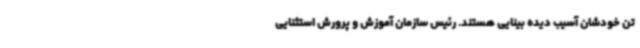
تن خودشان آسیب دیده بینایی هستند. رئیس سازمان آموزش و پرورش استثنایی